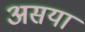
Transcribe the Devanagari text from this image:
असया